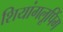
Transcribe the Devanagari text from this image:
शियांगलूपिंग